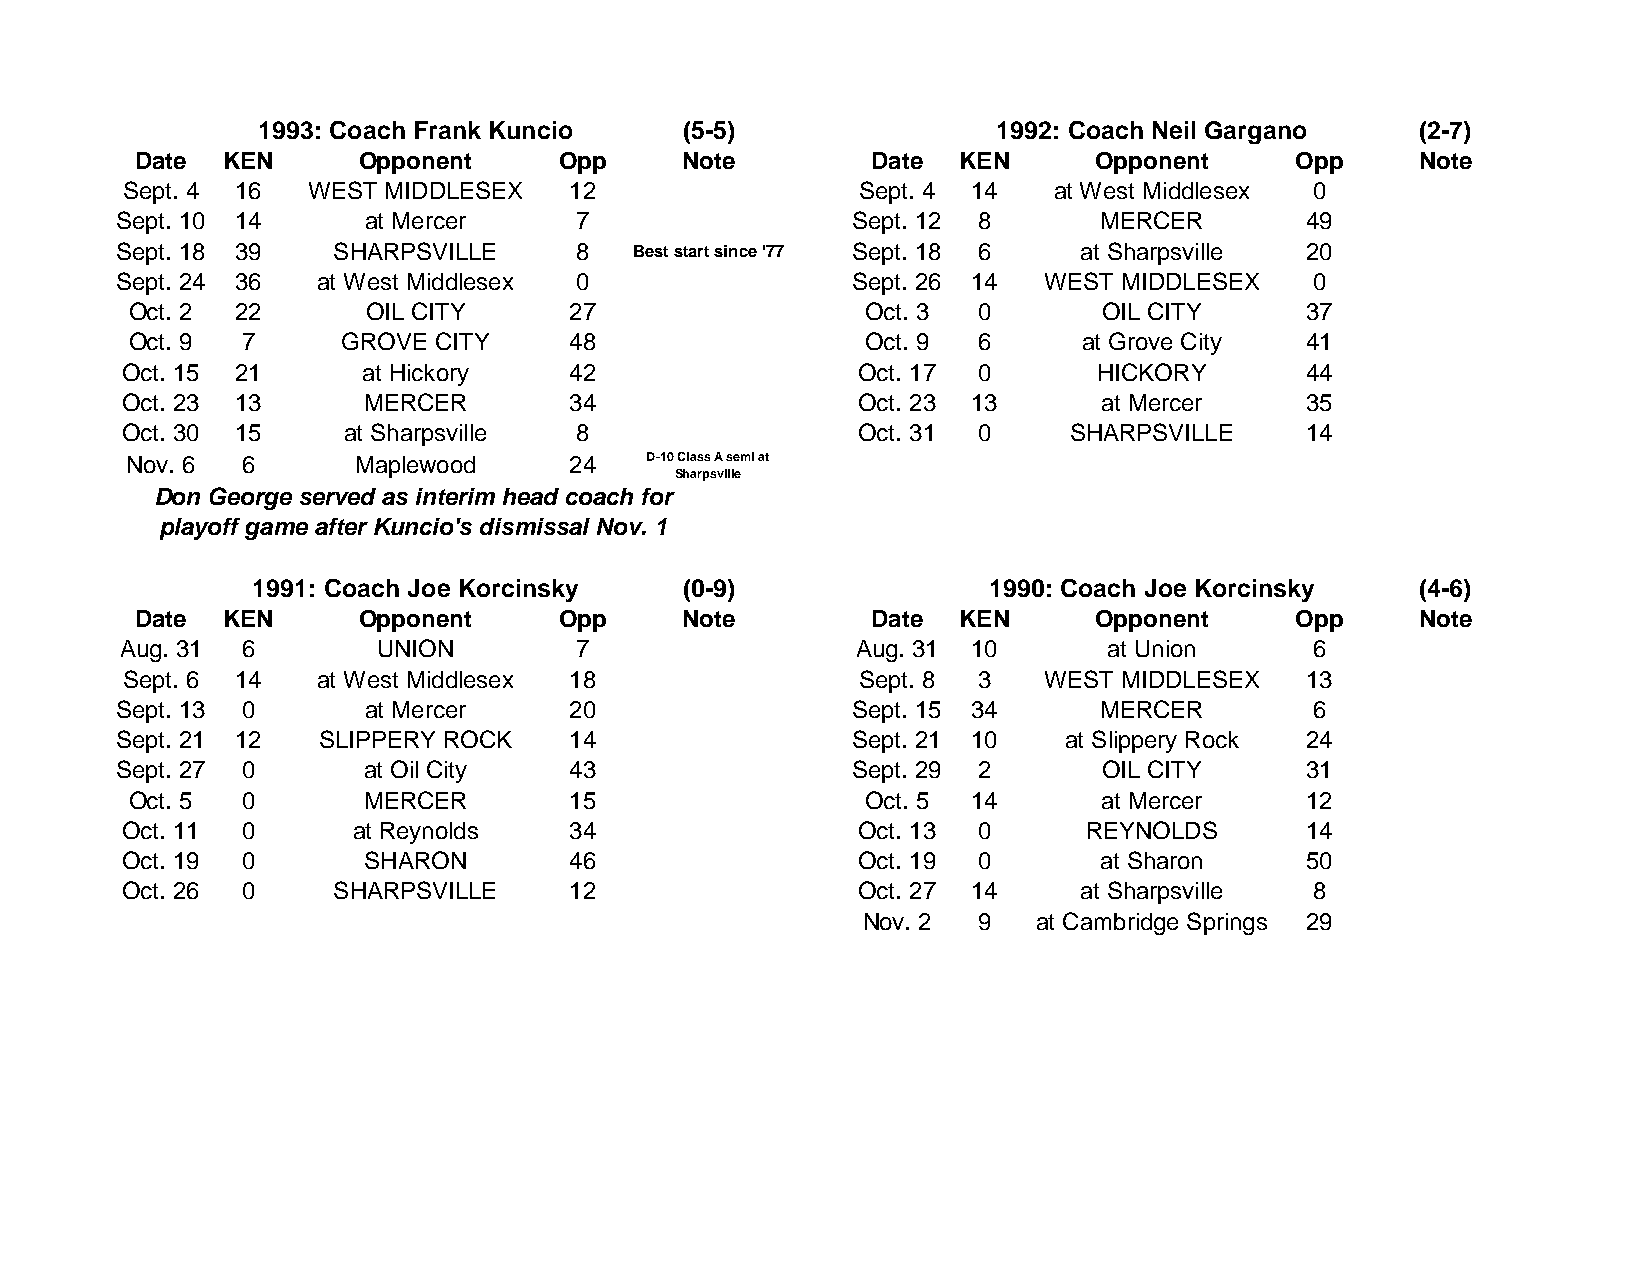
1993: Coach Frank Kuncio    (5-5)                1992: Coach Neil Gargano    (2-7)
 Date  KEN      Opponent     Opp     Note         Date KEN      Opponent      Opp     Note
 Sept. 4 16  WEST MIDDLESEX    12                 Sept. 4 14   at West Middlesex 0
 Sept. 10 14     at Mercer     7                 Sept. 12 8       MERCER       49
 Sept. 18 39   SHARPSVILLE     8   Best start since '77 Sept. 18 6 at Sharpsville 20
 Sept. 24 36  at West Middlesex 0                Sept. 26 14  WEST MIDDLESEX    0
 Oct. 2 22      OIL CITY      27                 Oct. 3  0       OIL CITY     37
 Oct. 9 7      GROVE CITY     48                 Oct. 9  6      at Grove City 41
 Oct. 15 21      at Hickory    42                 Oct. 17 0       HICKORY      44
 Oct. 23 13      MERCER        34                 Oct. 23 13      at Mercer    35
 Oct. 30 15     at Sharpsville 8                  Oct. 31 0     SHARPSVILLE    14
 Nov. 6  6      Maplewood      24   D-10 Class A semi at
 Sharpsville
 Don George served as interim head coach for
 playoff game after Kuncio's dismissal Nov. 1
 1991: Coach Joe Korcinsky   (0-9)               1990: Coach Joe Korcinsky    (4-6)
 Date  KEN      Opponent     Opp     Note         Date KEN      Opponent      Opp     Note
 Aug. 31 6        UNION        7                  Aug. 31 10      at Union      6
 Sept. 6 14   at West Middlesex 18                Sept. 8 3   WEST MIDDLESEX   13
 Sept. 13 0      at Mercer     20                Sept. 15 34      MERCER        6
 Sept. 21 12  SLIPPERY ROCK    14                Sept. 21 10   at Slippery Rock 24
 Sept. 27 0      at Oil City   43                Sept. 29 2       OIL CITY     31
 Oct. 5 0       MERCER        15                 Oct. 5 14       at Mercer    12
 Oct. 11 0      at Reynolds    34                 Oct. 13 0      REYNOLDS      14
 Oct. 19 0       SHARON        46                 Oct. 19 0       at Sharon    50
 Oct. 26 0     SHARPSVILLE     12                 Oct. 27 14    at Sharpsville  8
 Nov. 2  9   at Cambridge Springs 29